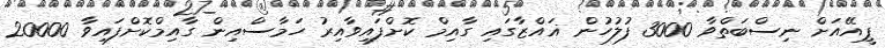
ޕީއޭއަށް ނިސްބަތްވާ 3000 ފުލުހުން ޣައްޒާގައި ގާއިމް ކޮށްފައިވާއިރު ހަމާސްއިން ގާއިމްކޮށްފައިވާ 20000